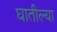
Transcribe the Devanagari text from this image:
घातील्या